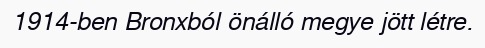
1914-ben Bronxból önálló megye jött létre.